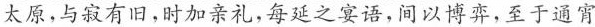
太原，与寂有旧，时加亲礼，每延之宴语，间以博，至于通宵